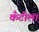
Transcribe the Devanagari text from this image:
कँटीला